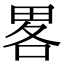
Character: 畧